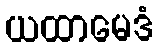
ယထာမေဒံ